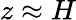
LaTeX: z\approx H